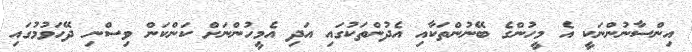
އިންސާނުންނަކީ އެ މީހުންގެ ބޭނުންތަކާއި އެދުންތަކުގައި އަދި އެމީހުންނަށް ކަންކަން ވިސްނި ދޭހަވުމުގައި